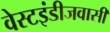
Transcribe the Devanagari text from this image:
वेस्टइंडीजवासी